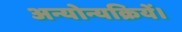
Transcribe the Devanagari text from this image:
अन्योन्यक्रियें।